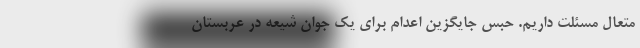
متعال مسئلت داریم. حبس جایگزین اعدام برای یک جوان شیعه در عربستان